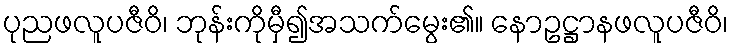
ပုညဖလူပဇီဝိ၊ ဘုန်းကိုမှီ၍အသက်မွေး၏။ နောဥဋ္ဌာနဖလူပဇီဝိ၊